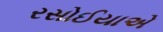
રસોઈયાએ